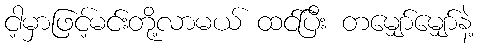
ငါ့မှာဖြင့်မင်းတို့လာမယ် ထင်ပြီး တမျှော်မျှော်နဲ့